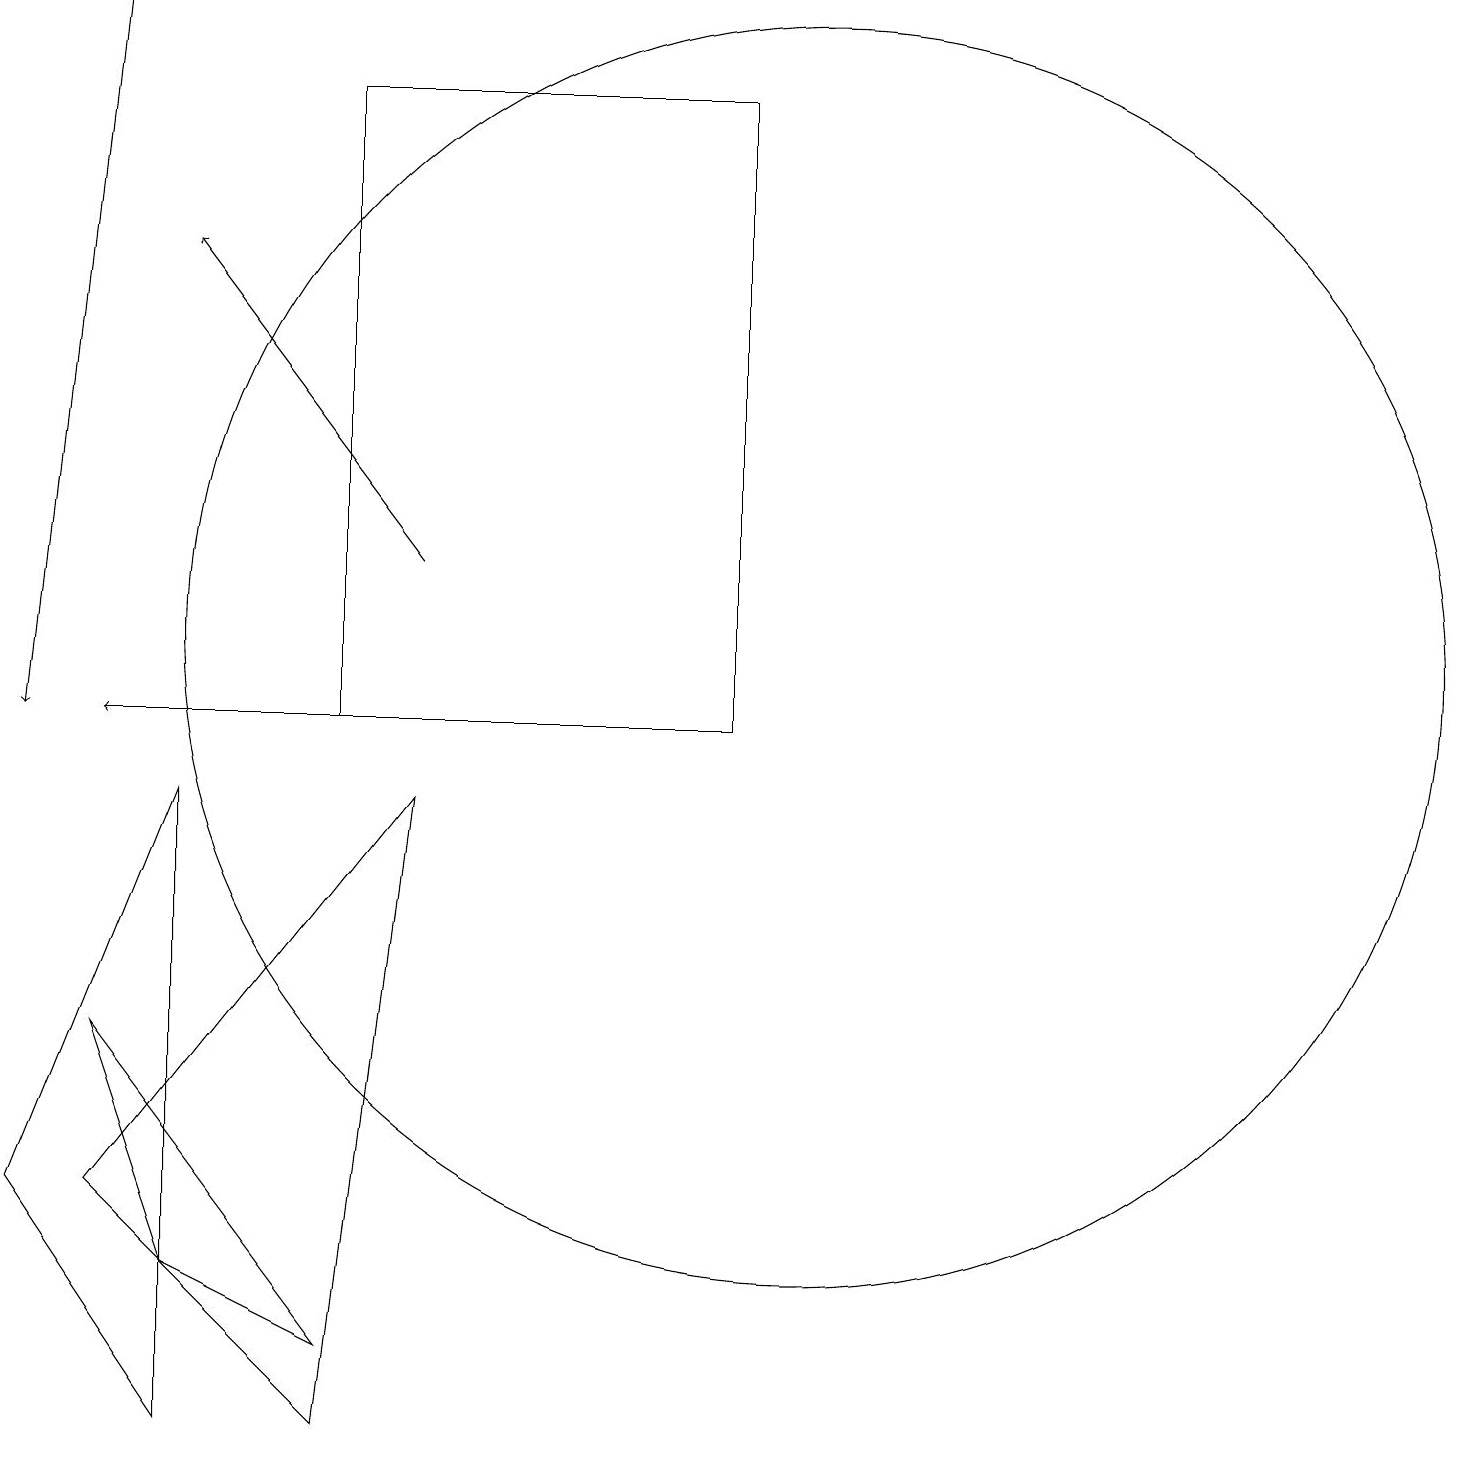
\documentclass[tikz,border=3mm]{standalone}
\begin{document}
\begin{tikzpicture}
\draw (0,4) -- (2,9) -- (2,1) -- cycle;
\draw[->] (5,12) -- (2,16);
\draw[->] (9,10) -- (1,10);
\draw (5,9) -- (1,4) -- (4,1) -- cycle;
\draw (10,11) circle (8);
\draw (4,18) rectangle (9,10);
\draw (2,3) -- (4,2) -- (1,6) -- cycle;
\draw[->] (1,19) -- (0,10);
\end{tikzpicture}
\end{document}